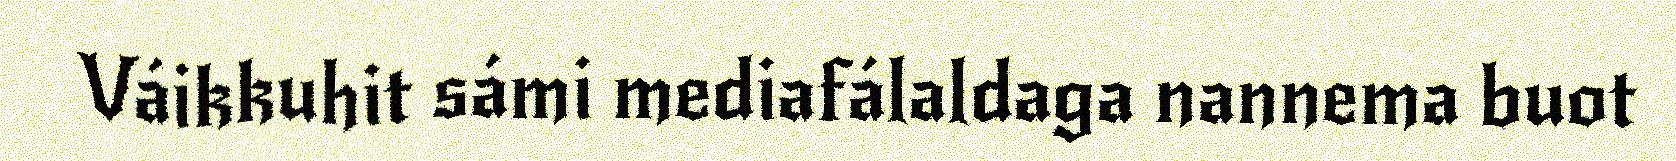
Váikkuhit sámi mediafálaldaga nannema buot